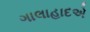
ગાલાહાદએ